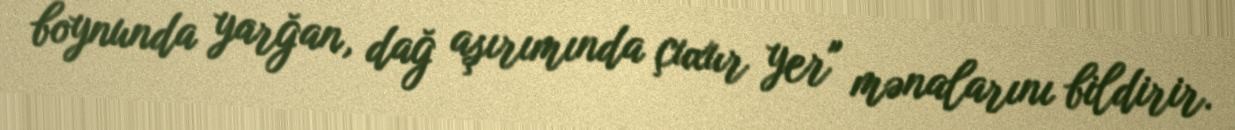
boynunda yarğan, dağ aşırımında çuxur yer" mənalarını bildirir.